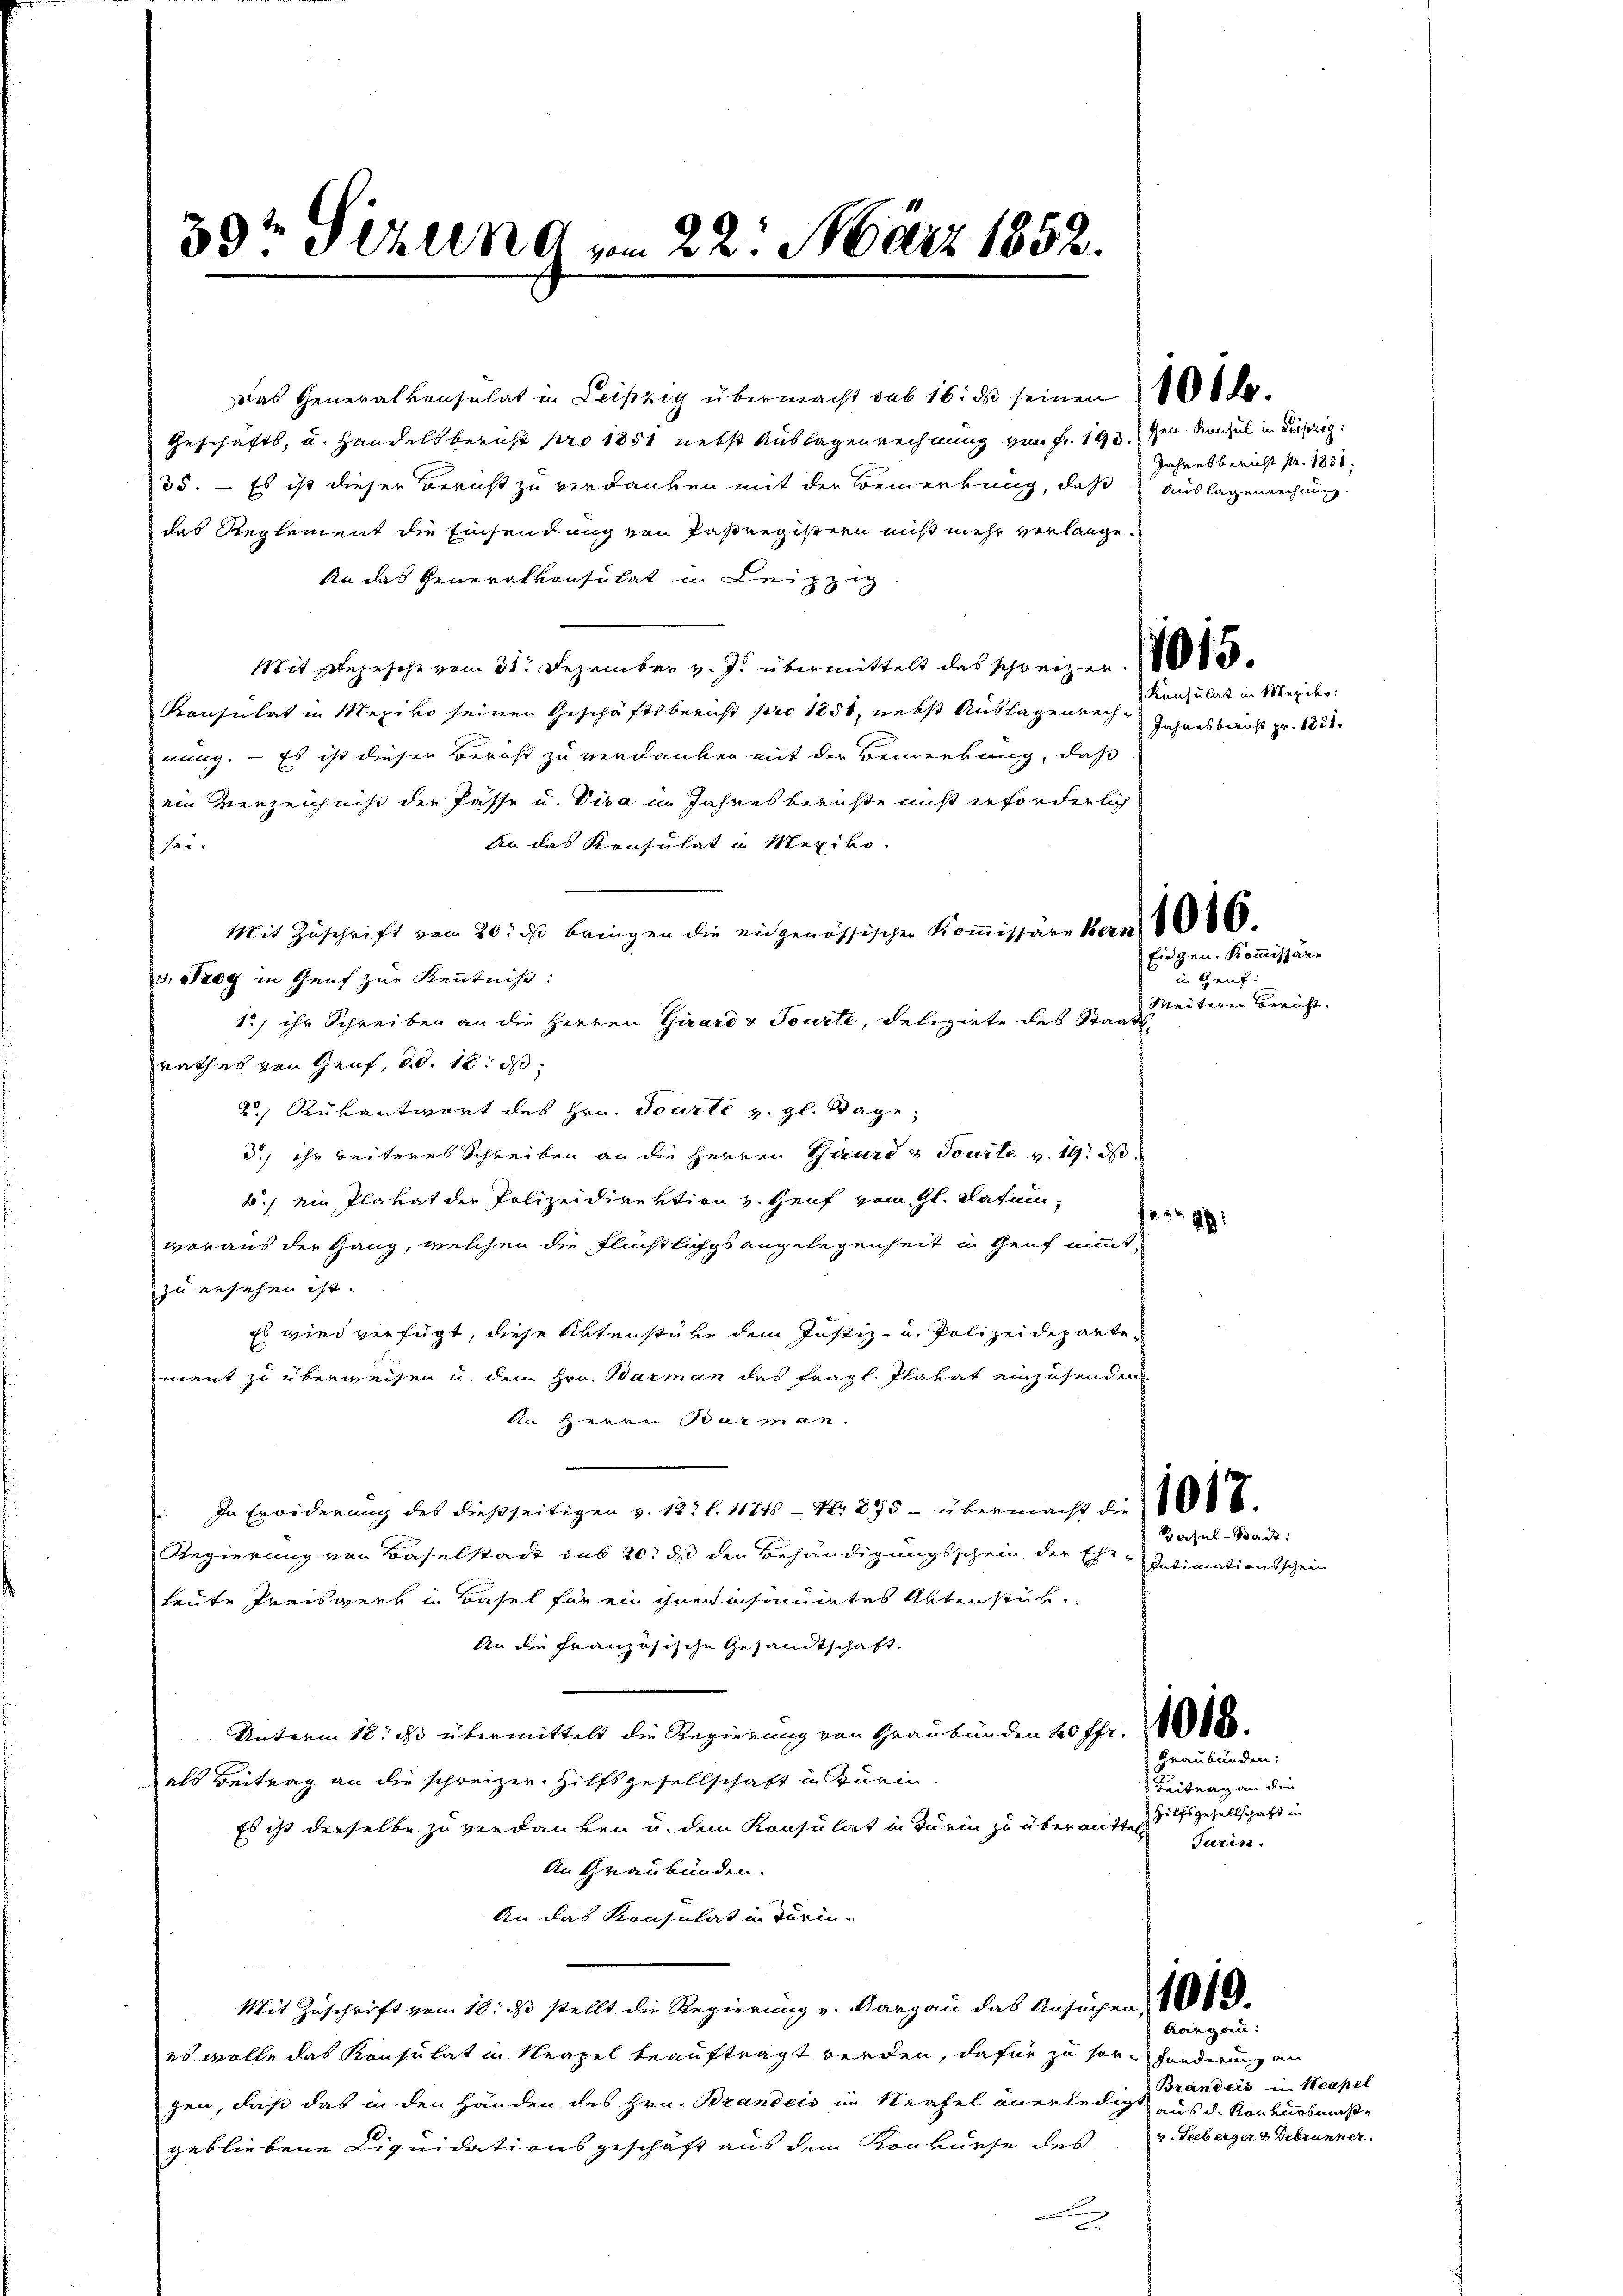
39t Sekund vom 22. März 1852.

Das Generalkonsulat in Leipzig übermacht sub 16. ds seinen 100 de
Geschäfts- u. Handelsbericht pro 1851 nebst Auslagenrechnung von Fr. 193. gen. Konsul in Leipzig:
35. – Es ist dieser Bericht zu verdanken mit der Bemerkung, daß Auslagenrechnung.
das Reglement die Einsendung von Pasregistern nicht mehr verlange.
An das Generalkonsulat in Leipzig
Mit Segesehe vom 31. Dezember v. J. übermittelt das schweizen.
Konsulat in Mexivo seinen Geschäftsbericht pro 1851, nebst Auslagenrechnung. – Es ist dieser Bericht zu verdanken mit der Bemerkung, daß
ein Verzeichnis der Pässe u. Visa in Jahresberichte nicht erforderlich
An das Konsulat in Mexiko
sei.
Mit Zuschrift vom 20. ds bringen die eidgenössischen Koṁissäre Bern 26.
v. Trog in Genf zur Kenntniß:
1.) ihr Schreiben an die Herren Girard & Tourte, Delegirte des Staats¬
Rathes von Genf, d. d. 18. ds
2 Rükantwort des Hrn. Tourte v. gl. Sage,
d.) ihr weiteres Schreiben an die Herren Girard & Tourte v. 19. d.
b.) ein Plavat der Polizeidirektion v. Genf vom Gl. datum,
fer,
woraus der Gang, welchen die Flüchtlichsangelegenheit in Genf nimmt,
zu ersehen ist.
Es wird verfügt, diese Aktenstüke dem Justiz- u. Polizeidepartement zu überweisen u. dem Hrn. Barman das fragl. Platat einzusenden
An Herrn Barman.
In Erwiderung des dießseitigen v. 12. l. 11716 - Nr. 295 - übermacht die 100 E
Regierung von Baselstadt sub 20. ds den Behändigungsschein der Ehe-Intimationsschein
heute Preisgers in Basel für ein ihnen insimirtes Abtenstür
An die Französische Gesandtschaft.
Unterm 18. ds übermittelt die Regierung von Graubünden 20 ffr. 188
als Beitrag an die schweizer. Hilfsgesellschaft in Burin
Es ist derselbe zu verdanken u. dem Konsulat in Turin zu übermittel hilfsgesellschaft in
An Graubünden.
An das Konsulat in Turin-
Mit Zuschrift vom 16. ds stellt die Regierung v. Aargau das Ansuchen 1000
es wolle das Konsulat in Neapel beauftragt werden, dafür zu son forderung an
gen, daß das in den Händen des Hrn. Branders in Neafel anerledigt aus d. Konkursmaße
gebliebene Liquidationsgeschäft aus dem Konkurse des
F

Jahresbericht pr. 1851.

Konsulat in Merche.
Jahresberuht pr. 1831.

Eiegen. Kommissäre
 Genf.
Weiteren Bericht.

20

Gasul-Badt:

Graubünden:
Beitrag an den
Turin.

Aargau:
Brandeis in Neapel
4. Feberger & Debrunner